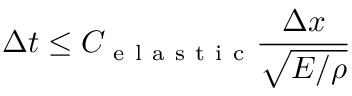
\Delta t \leq C _ { \mathrm { ~ e ~ l ~ a ~ s ~ t ~ i ~ c ~ } } \frac { \Delta x } { \sqrt { E / \rho } }